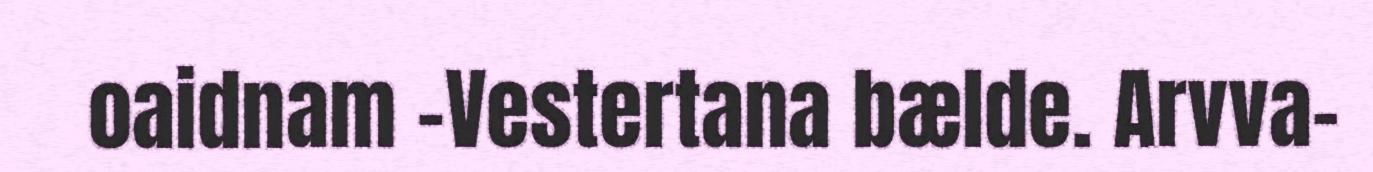
oaidnam –Vestertana bælde. Arvva-